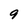
Character: 9